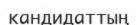
кандидаттың